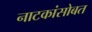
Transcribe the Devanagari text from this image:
नाटकांसोबत